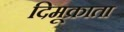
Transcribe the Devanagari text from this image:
दिमूक्राता